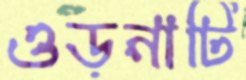
ওড়নাটি